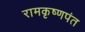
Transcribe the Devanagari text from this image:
रामकृष्णपंत